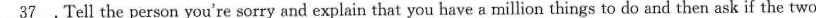
\underline{37}.Tell the person you're sorry and explain that you have a million things to do and then ask if the two